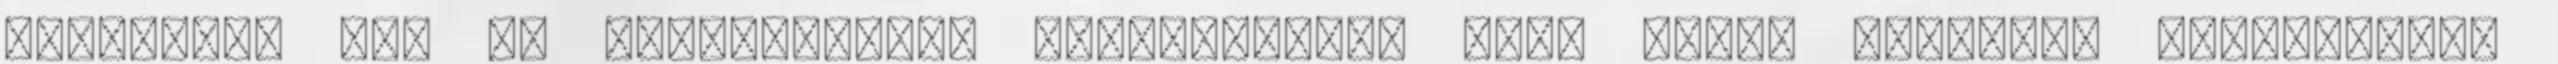
családnak már az Árpád-korban Osztopánnal, vagy onnan származó birtokossal